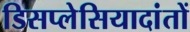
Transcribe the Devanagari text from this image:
डिसप्लेसियादांतों